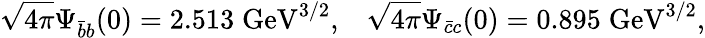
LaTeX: {\sqrt{4\pi}}\Psi_{\bar{b}b}(0)=2.513\; \mathrm{GeV}^{3/2},\; \; \; {\sqrt{4\pi}}\Psi_{\bar{c}c}(0)=0.895\; \mathrm{GeV}^{3/2},